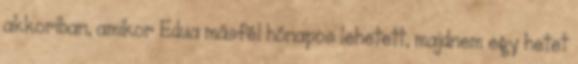
akkoriban, amikor Edua másfél hónapos lehetett, majdnem egy hetet